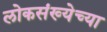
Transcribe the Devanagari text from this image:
लोकसंख्‍येच्‍या